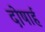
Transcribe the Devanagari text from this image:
दोषार्ह